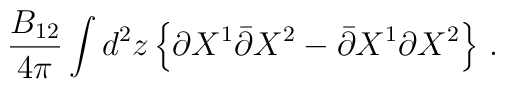
\frac{B_{12}}{4\pi} \int d^2z\, \Bigl\{ \partial X^1\bar\partial X^2 - \bar\partial X^1 \partial X^2 \Bigr\} \ .